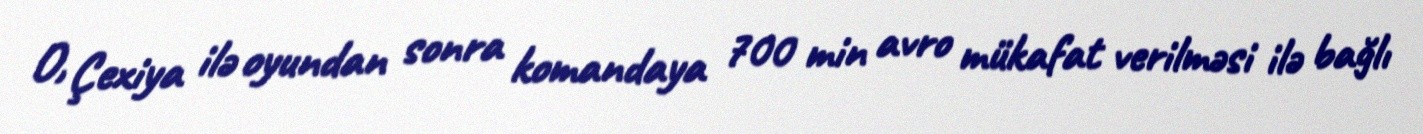
O, Çexiya ilə oyundan sonra komandaya 700 min avro mükafat verilməsi ilə bağlı